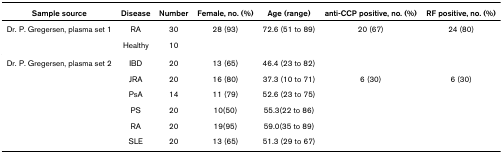
<table><thead><tr><td><b>Sample source</b></td><td><b>Disease</b></td><td><b>Number</b></td><td><b>Female, no. (%)</b></td><td><b>Age (range)</b></td><td><b>anti-CCP positive, no. (%)</b></td><td><b>RF positive, no. (%)</b></td></tr></thead><tbody><tr><td>Dr. P. Gregersen, plasma set 1</td><td>RA</td><td>30</td><td>28 (93)</td><td>72.6 (51 to 89)</td><td>20 (67)</td><td>24 (80)</td></tr><tr><td></td><td>Healthy</td><td>10</td><td></td><td></td><td></td><td></td></tr><tr><td>Dr. P. Gregersen, plasma set 2</td><td>IBD</td><td>20</td><td>13 (65)</td><td>46.4 (23 to 82)</td><td></td><td></td></tr><tr><td></td><td>JRA</td><td>20</td><td>16 (80)</td><td>37.3 (10 to 71)</td><td>6 (30)</td><td>6 (30)</td></tr><tr><td></td><td>PsA</td><td>14</td><td>11 (79)</td><td>52.6 (23 to 75)</td><td></td><td></td></tr><tr><td></td><td>PS</td><td>20</td><td>10(50)</td><td>55.3(22 to 86)</td><td></td><td></td></tr><tr><td></td><td>RA</td><td>20</td><td>19(95)</td><td>59.0(35 to 89)</td><td></td><td></td></tr><tr><td></td><td>SLE</td><td>20</td><td>13 (65)</td><td>51.3 (29 to 67)</td><td></td><td></td></tr></tbody></table>